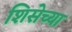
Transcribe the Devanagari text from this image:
शिसेच्या